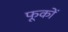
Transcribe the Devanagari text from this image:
फूकों